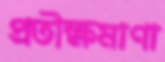
প্রতীক্ষমাণা